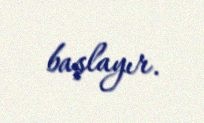
başlayır.